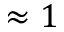
\approx 1